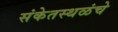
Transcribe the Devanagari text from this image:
संकेतस्थळंचे